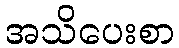
အသိပေးစာ